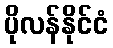
ပိုလန်နိုင်ငံ